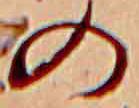
の